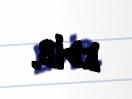
edib.